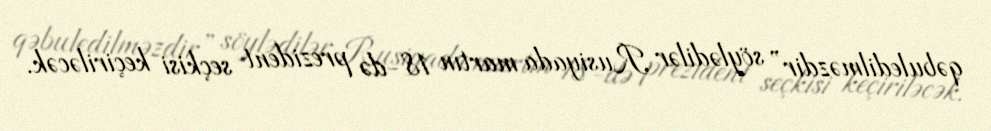
qəbuledilməzdir” söylədilər Rusiyada martın 18-də prezident seçkisi keçiriləcək.